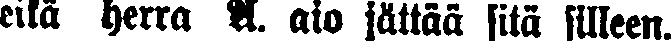
eikä herra N. aio jättää sitä silleen.